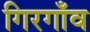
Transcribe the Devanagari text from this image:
गिरगाँव